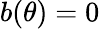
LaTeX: b(\theta)=0